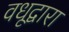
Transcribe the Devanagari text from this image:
वधूद्वारा